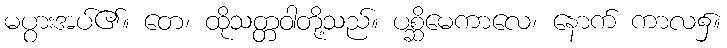
မပွားအပ်၏။ တေ၊ ထိုသတ္တဝါတို့သည်။ ပစ္ဆိမေကာလေ၊ နောက် ကာလ၌။